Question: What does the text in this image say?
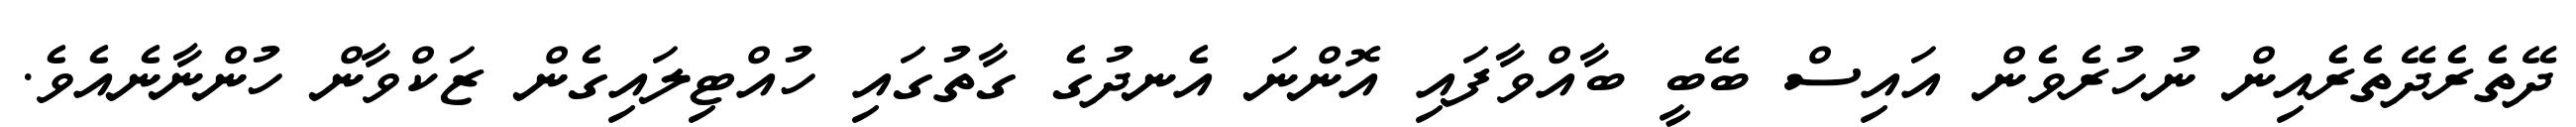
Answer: ދޭތެރެދޭތެރެއިން ނުހުރެވެން އައިސް ބޭބީ ބާއްވާފައި އޮންނަ އެނދުގެ ގާތުގައި ހުއްޓިލައިގެން ޒަކްވާން ހުންނާނެއެވެ.